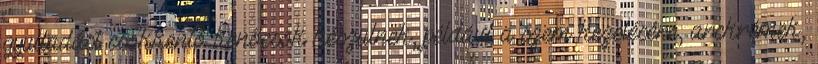
gyulladást csökkentő kenőcsök készülnek, például a szem kezelésére, arckrémek,